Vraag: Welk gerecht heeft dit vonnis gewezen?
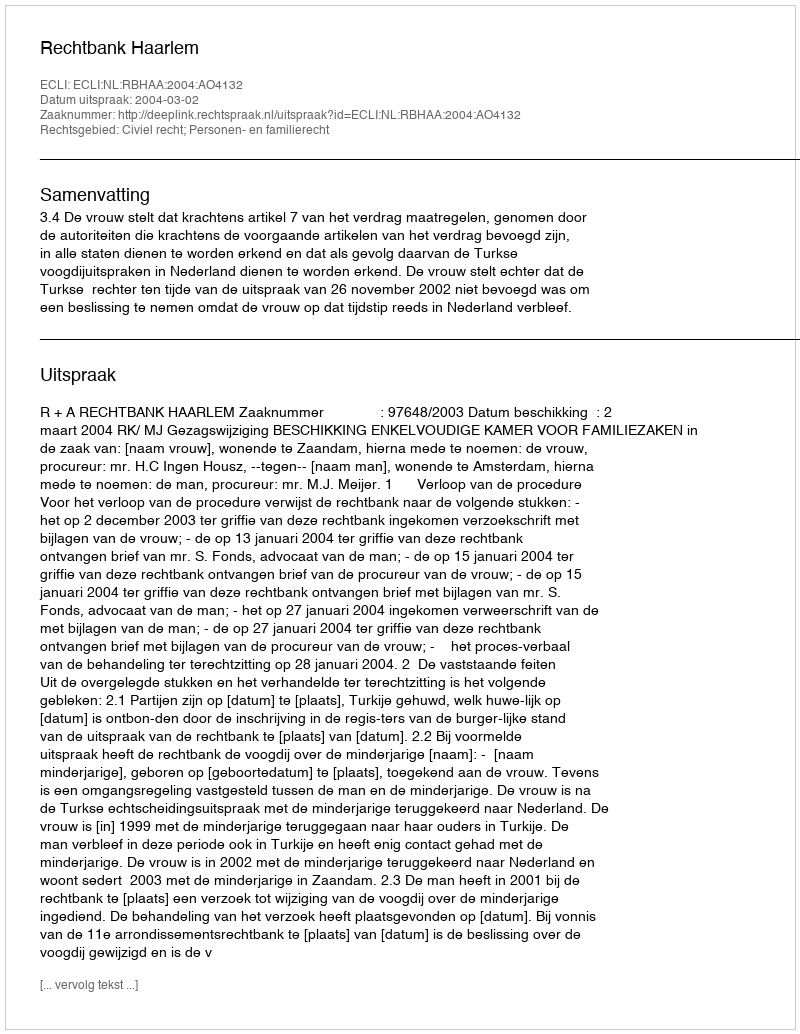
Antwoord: Rechtbank Haarlem